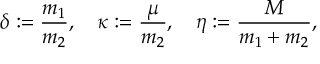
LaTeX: \delta : = \frac { m _ { 1 } } { m _ { 2 } } , \quad \kappa : = \frac { \mu } { m _ { 2 } } , \quad \eta : = \frac { M } { m _ { 1 } + m _ { 2 } } ,